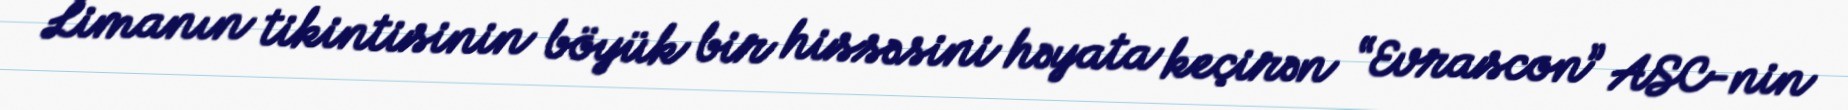
Limanın tikintisinin böyük bir hissəsini həyata keçirən “Evrascon” ASC-nin